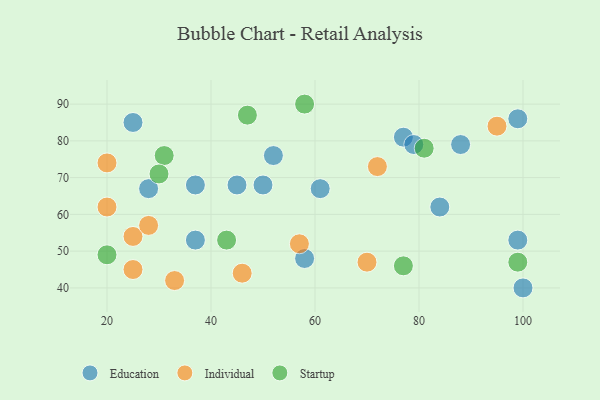
{"axis": {"x": "GDP", "y": "Life Expectancy"}, "legend": ["Education", "Individual", "Startup"], "data": [{"x": "77", "y": 81, "type": "Education"}, {"x": "99", "y": 53, "type": "Education"}, {"x": "52", "y": 76, "type": "Education"}, {"x": "37", "y": 53, "type": "Education"}, {"x": "25", "y": 85, "type": "Education"}, {"x": "45", "y": 68, "type": "Education"}, {"x": "37", "y": 68, "type": "Education"}, {"x": "88", "y": 79, "type": "Education"}, {"x": "50", "y": 68, "type": "Education"}, {"x": "99", "y": 86, "type": "Education"}, {"x": "61", "y": 67, "type": "Education"}, {"x": "58", "y": 48, "type": "Education"}, {"x": "100", "y": 40, "type": "Education"}, {"x": "79", "y": 79, "type": "Education"}, {"x": "28", "y": 67, "type": "Education"}, {"x": "84", "y": 62, "type": "Education"}, {"x": "72", "y": 73, "type": "Individual"}, {"x": "25", "y": 45, "type": "Individual"}, {"x": "57", "y": 52, "type": "Individual"}, {"x": "70", "y": 47, "type": "Individual"}, {"x": "95", "y": 84, "type": "Individual"}, {"x": "33", "y": 42, "type": "Individual"}, {"x": "20", "y": 62, "type": "Individual"}, {"x": "20", "y": 74, "type": "Individual"}, {"x": "25", "y": 54, "type": "Individual"}, {"x": "46", "y": 44, "type": "Individual"}, {"x": "28", "y": 57, "type": "Individual"}, {"x": "99", "y": 47, "type": "Startup"}, {"x": "77", "y": 46, "type": "Startup"}, {"x": "81", "y": 78, "type": "Startup"}, {"x": "43", "y": 53, "type": "Startup"}, {"x": "31", "y": 76, "type": "Startup"}, {"x": "47", "y": 87, "type": "Startup"}, {"x": "20", "y": 49, "type": "Startup"}, {"x": "58", "y": 90, "type": "Startup"}, {"x": "30", "y": 71, "type": "Startup"}]}